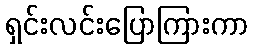
ရှင်းလင်းပြောကြားကာ